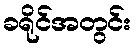
ခရိုင်အတွင်း